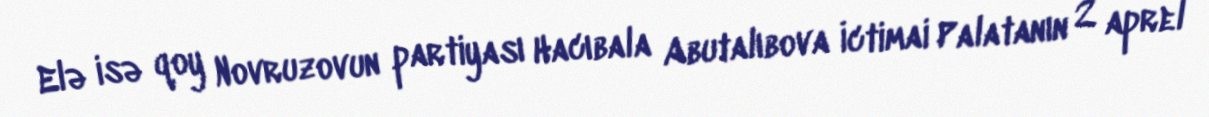
Elə isə qoy Novruzovun partiyası Hacıbala Abutalıbova İctimai Palatanın 2 aprel